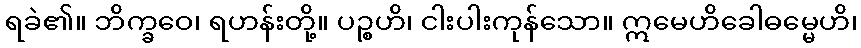
ရခဲ၏။ ဘိက္ခဝေ၊ ရဟန်းတို့။ ပဉ္စဟိ၊ ငါးပါးကုန်သော။ ဣမေဟိခေါဓမ္မေဟိ၊